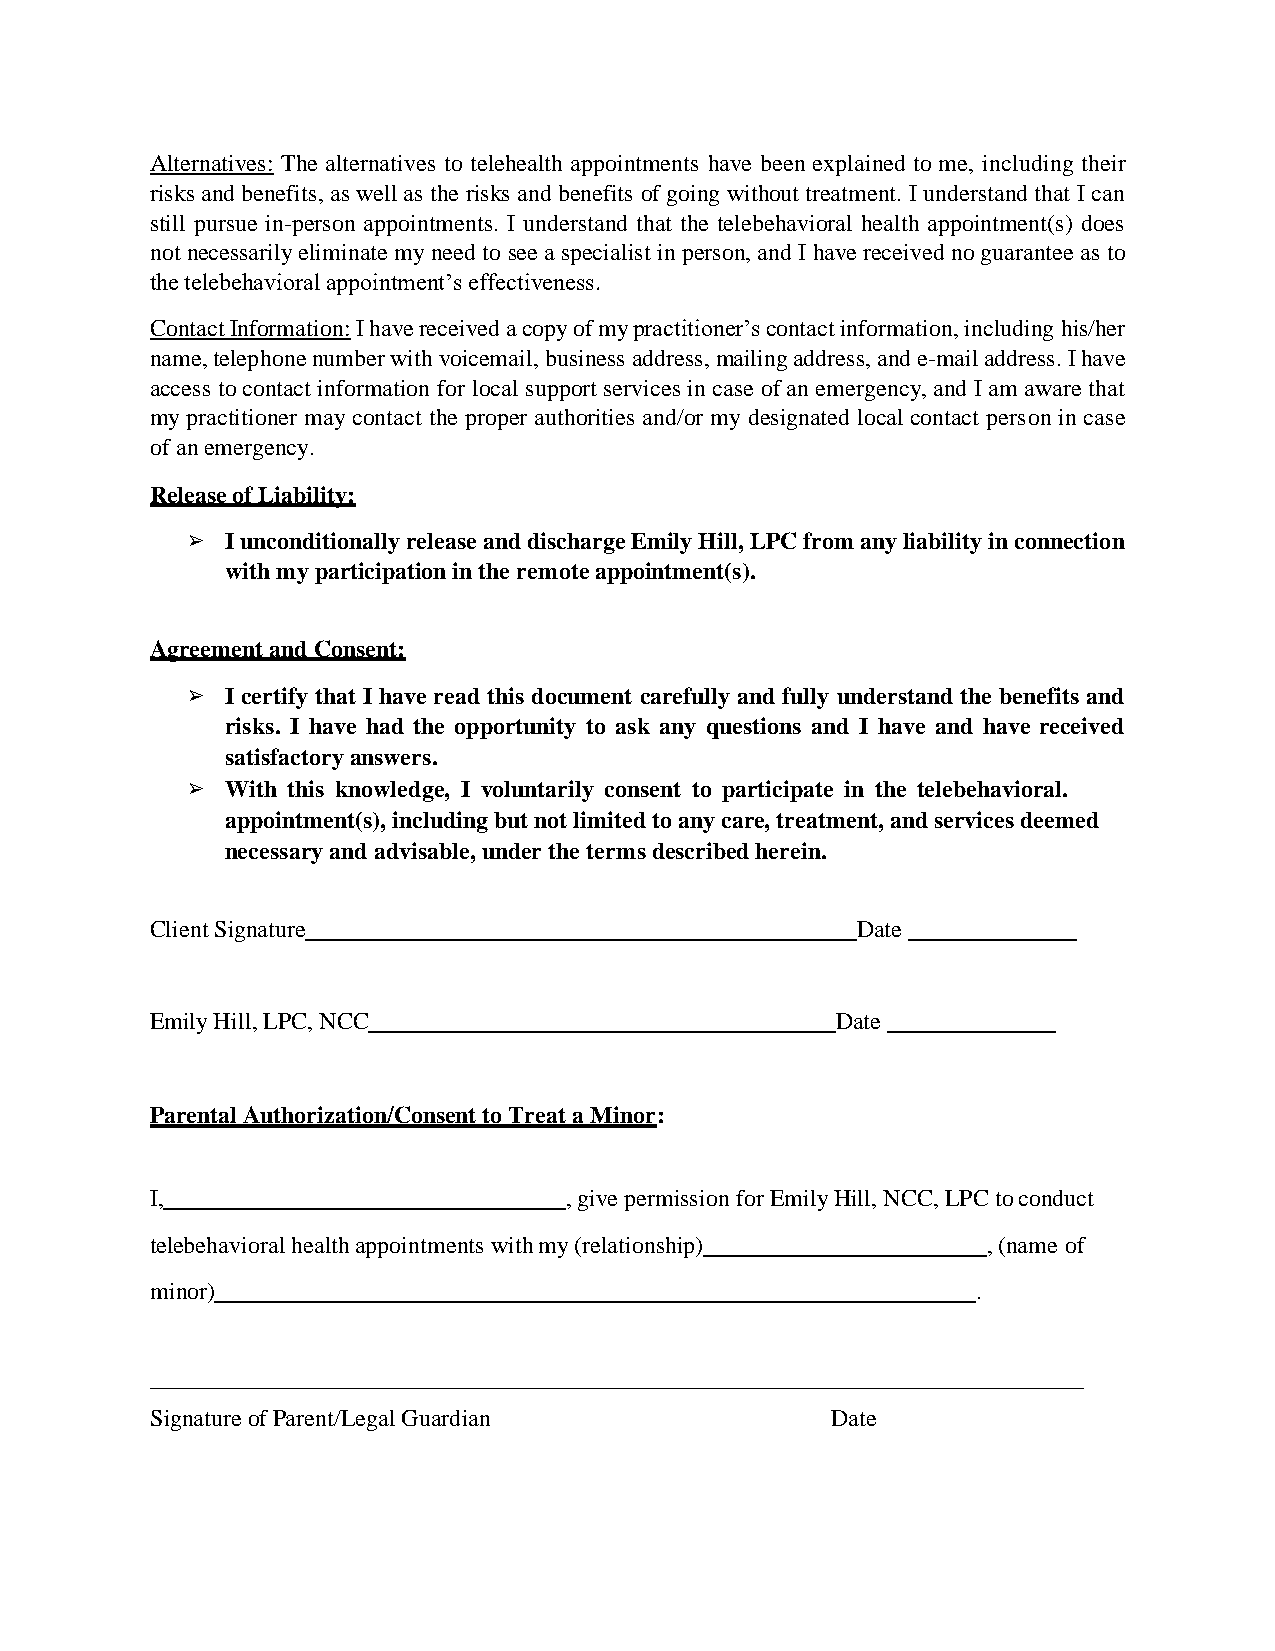
Alternatives: The alternatives to telehealth appointments have been explained to me, including their
 risks and benefits, as well as the risks and benefits of going without treatment. I understand that I can
 still pursue in-person appointments. I understand that the telebehavioral health appointment(s) does
 not necessarily eliminate my need to see a specialist in person, and I have received no guarantee as to
 the telebehavioral appointment’s effectiveness.
 Contact Information: I have received a copy of my practitioner’s contact information, including his/her
 name, telephone number with voicemail, business address, mailing address, and e-mail address. I have
 access to contact information for local support services in case of an emergency, and I am aware that
 my practitioner may contact the proper authorities and/or my designated local contact person in case
 of an emergency.
 Release of Liability:
 ➢  I unconditionally release and discharge Emily Hill, LPC from any liability in connection
 with my participation in the remote appointment(s).
 Agreement and Consent:
 ➢  I certify that I have read this document carefully and fully understand the benefits and
 risks. I have had the opportunity to ask any questions and I have and have received
 satisfactory answers.
 ➢  With this knowledge, I voluntarily consent to participate in the telebehavioral.
 appointment(s), including but not limited to any care, treatment, and services deemed
 necessary and advisable, under the terms described herein.
 Client Signature                               Date
 Emily Hill, LPC, NCC                         Date
 Parental Authorization/Consent to Treat a Minor:
 I,                         , give permission for Emily Hill, NCC, LPC to conduct
 telebehavioral health appointments with my (relationship) , (name of
 minor)                                                 .
 Signature of Parent/Legal Guardian           Date